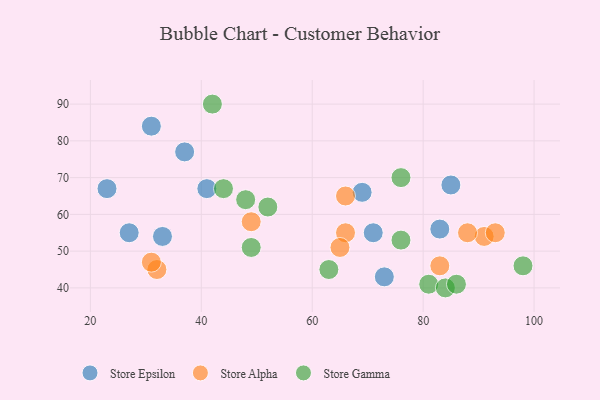
{"axis": {"x": "GDP", "y": "Life Expectancy"}, "legend": ["Store Alpha", "Store Epsilon", "Store Gamma"], "data": [{"x": "33", "y": 54, "type": "Store Epsilon"}, {"x": "73", "y": 43, "type": "Store Epsilon"}, {"x": "27", "y": 55, "type": "Store Epsilon"}, {"x": "31", "y": 84, "type": "Store Epsilon"}, {"x": "69", "y": 66, "type": "Store Epsilon"}, {"x": "23", "y": 67, "type": "Store Epsilon"}, {"x": "37", "y": 77, "type": "Store Epsilon"}, {"x": "85", "y": 68, "type": "Store Epsilon"}, {"x": "41", "y": 67, "type": "Store Epsilon"}, {"x": "83", "y": 56, "type": "Store Epsilon"}, {"x": "71", "y": 55, "type": "Store Epsilon"}, {"x": "66", "y": 65, "type": "Store Alpha"}, {"x": "91", "y": 54, "type": "Store Alpha"}, {"x": "32", "y": 45, "type": "Store Alpha"}, {"x": "93", "y": 55, "type": "Store Alpha"}, {"x": "66", "y": 55, "type": "Store Alpha"}, {"x": "49", "y": 58, "type": "Store Alpha"}, {"x": "83", "y": 46, "type": "Store Alpha"}, {"x": "65", "y": 51, "type": "Store Alpha"}, {"x": "31", "y": 47, "type": "Store Alpha"}, {"x": "88", "y": 55, "type": "Store Alpha"}, {"x": "63", "y": 45, "type": "Store Gamma"}, {"x": "48", "y": 64, "type": "Store Gamma"}, {"x": "44", "y": 67, "type": "Store Gamma"}, {"x": "98", "y": 46, "type": "Store Gamma"}, {"x": "52", "y": 62, "type": "Store Gamma"}, {"x": "49", "y": 51, "type": "Store Gamma"}, {"x": "76", "y": 53, "type": "Store Gamma"}, {"x": "76", "y": 70, "type": "Store Gamma"}, {"x": "81", "y": 41, "type": "Store Gamma"}, {"x": "84", "y": 40, "type": "Store Gamma"}, {"x": "42", "y": 90, "type": "Store Gamma"}, {"x": "86", "y": 41, "type": "Store Gamma"}]}